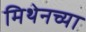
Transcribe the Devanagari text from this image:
मिथेनच्या